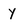
Character: Y